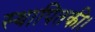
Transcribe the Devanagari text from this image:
स्थापितकी।